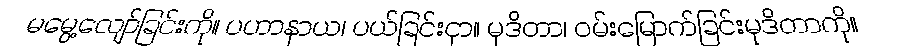
မမွေ့လျော်ခြင်းကို။ ပဟာနာယ၊ ပယ်ခြင်းငှာ။ မုဒိတာ၊ ဝမ်းမြောက်ခြင်းမုဒိတာကို။